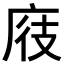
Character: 𪪖